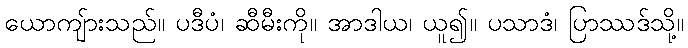
ယောကျ်ားသည်။ ပဒီပံ၊ ဆီမီးကို။ အာဒါယ၊ ယူ၍။ ပသာဒံ၊ ပြာဿဒ်သို့။